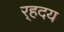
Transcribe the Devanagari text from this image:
र्‍हदय